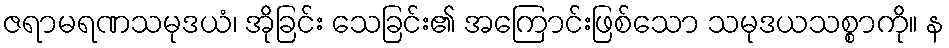
ဇရာမရဏသမုဒယံ၊ အိုခြင်း သေခြင်း၏ အကြောင်းဖြစ်သော သမုဒယသစ္စာကို။ န